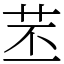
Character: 苤